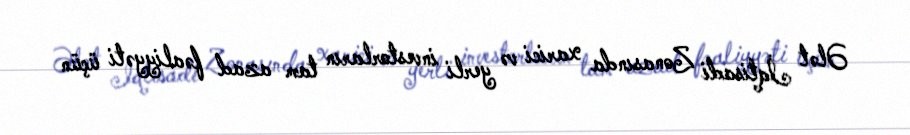
Ələt İqtisadi Zonasında xarici və yerli investorların tam azad fəaliyyəti üçün